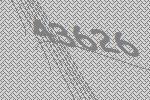
43626